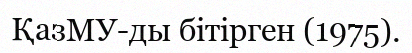
ҚазМУ-ды бітірген (1975).